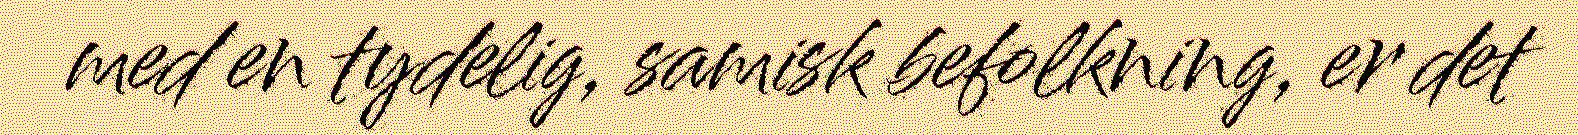
med en tydelig, samisk befolkning, er det